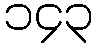
၁၄၃